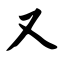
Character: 又